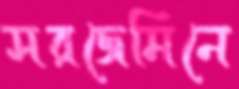
সরজেমিনে